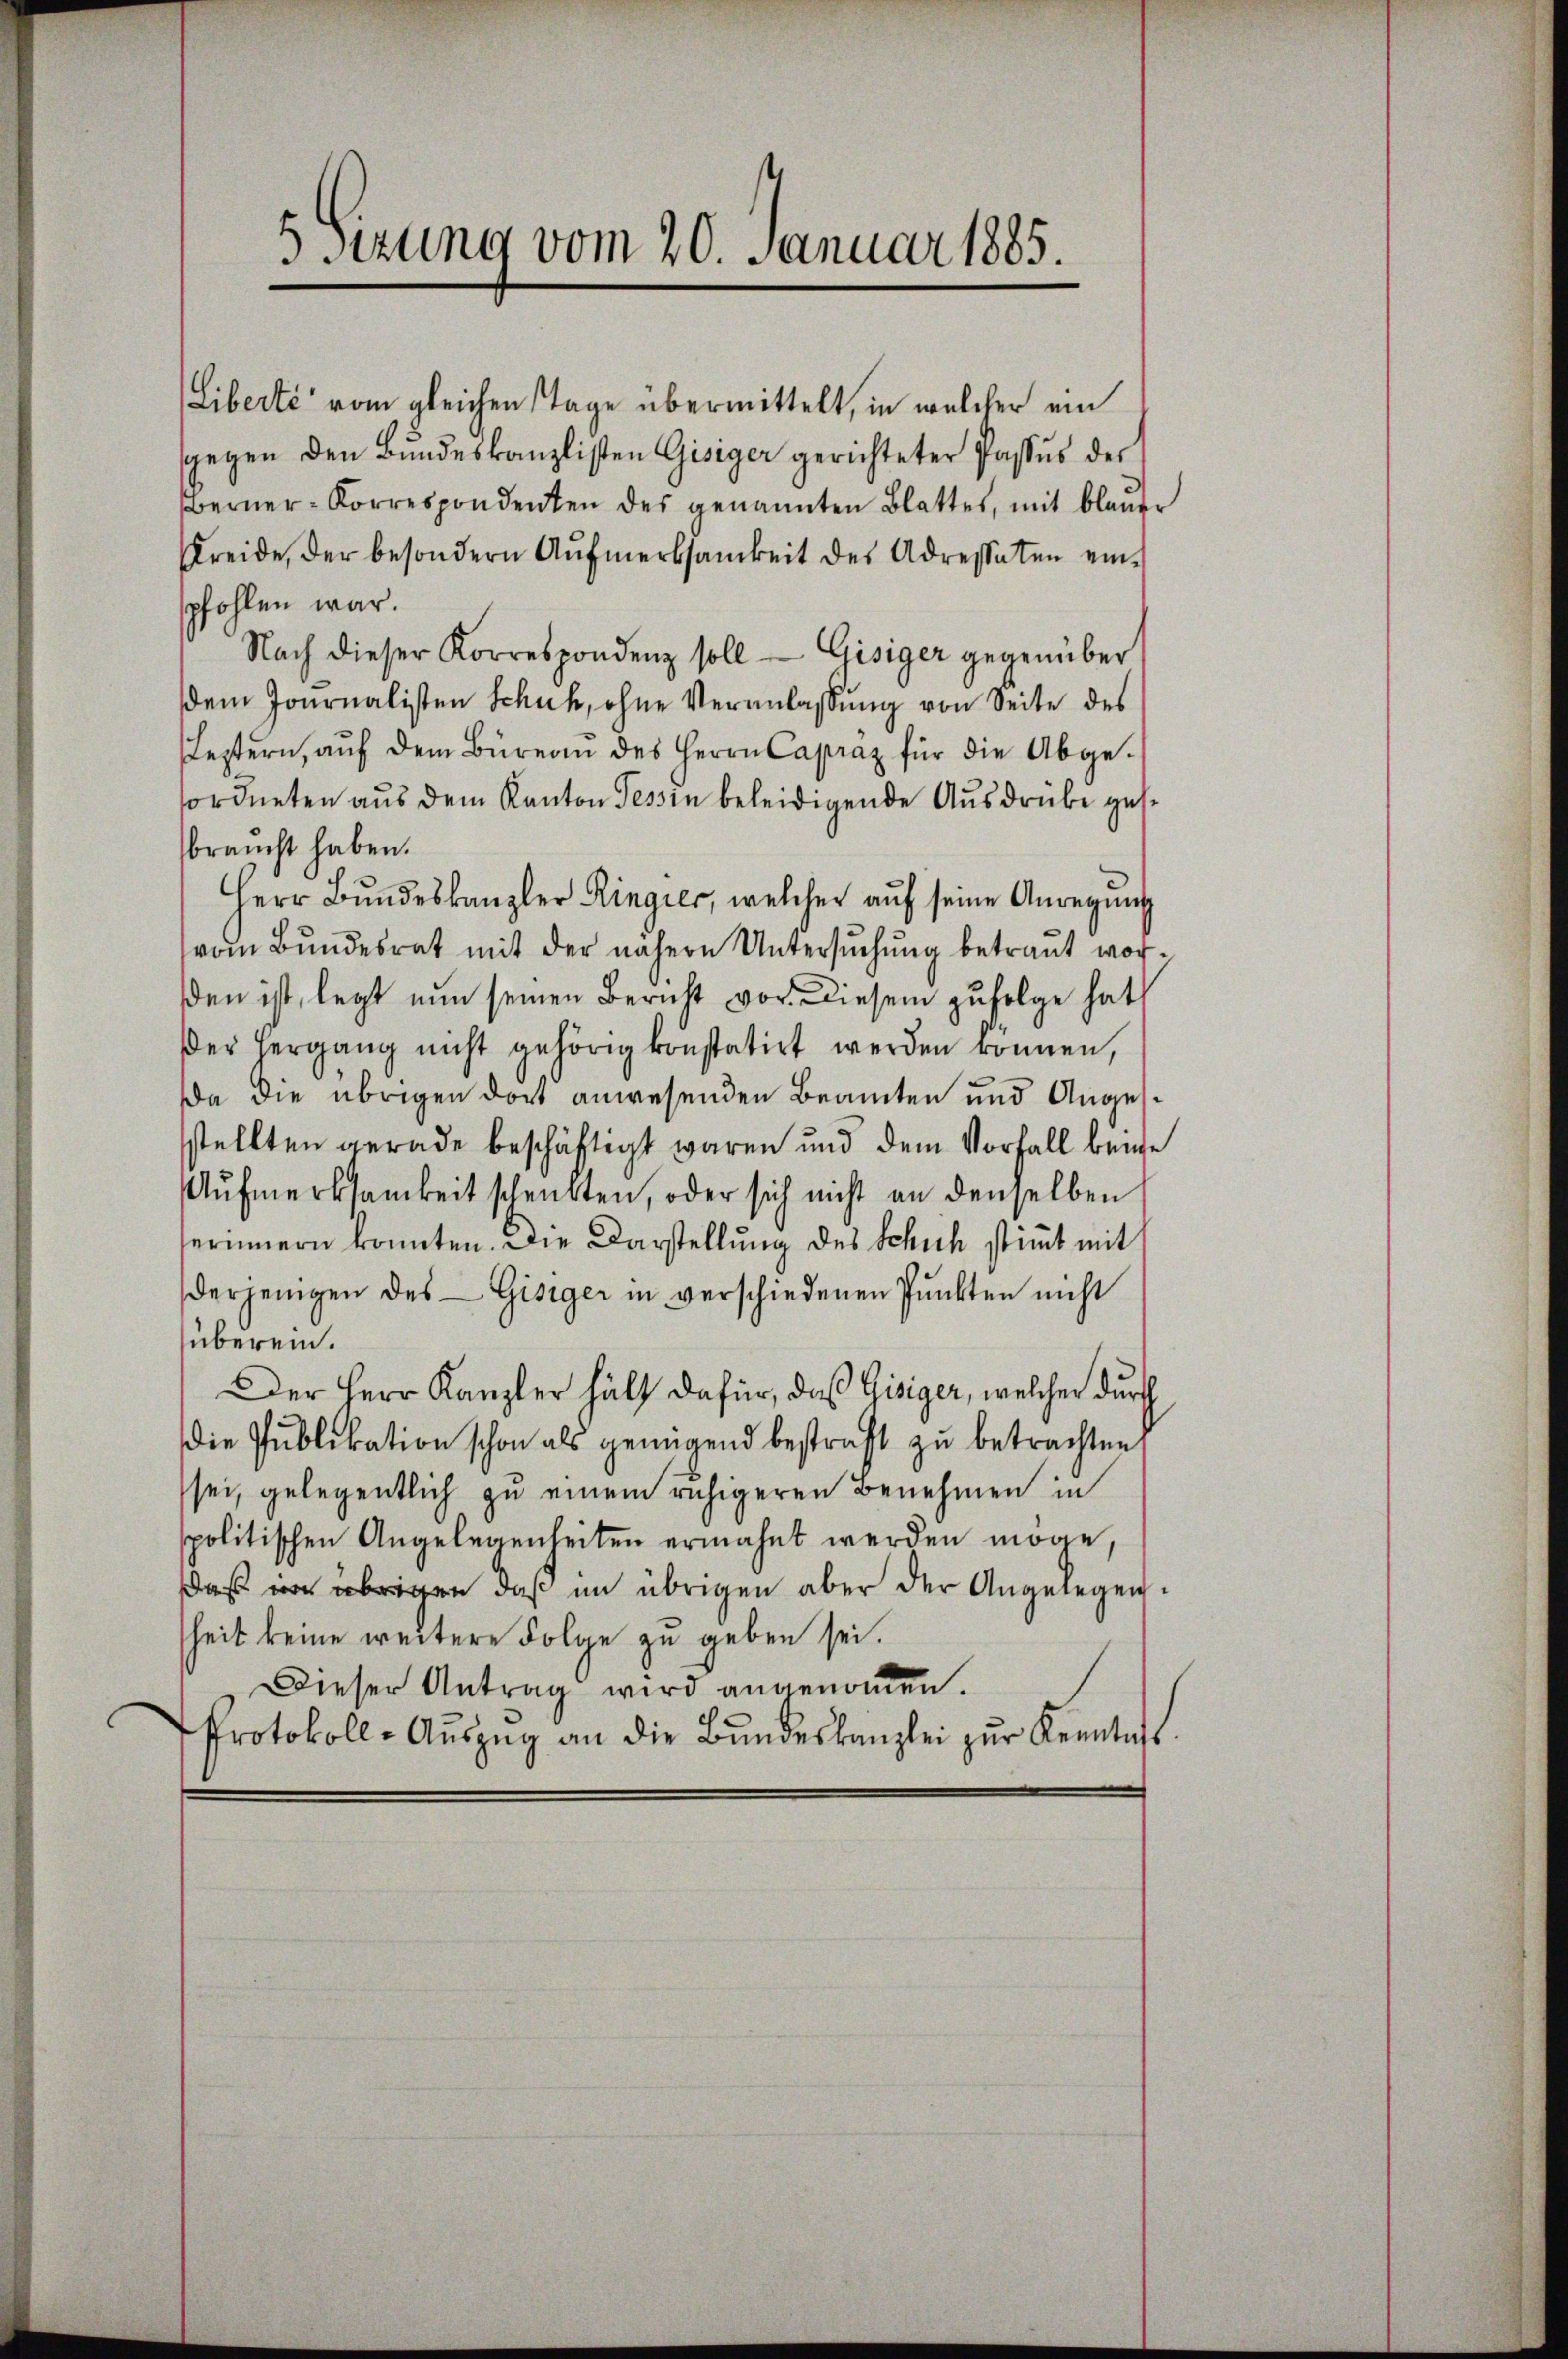
5 sizung vom 20. Januar 1885.

Liberté vom gleichen Tage übermittelt, in welcher ein
sgegen den Bŭndeskanzlisten Gisiger gerichteter Passus des
Berner-Korrespondenten des genannten Blattes, mit blauer
reide, der besondern Aŭfmerksamkeit des Adressaten ein-
spfohlen war.
Nach dieser Korrespondenz soll Gisiger gegenüber
dem Journalisten Schuh, ohne Veranlassŭng von Seite des
Leztern, aŭf dem Büreau des Herrn Capraz für die Abge-
sordneten aus dem Kanton Tessin beleidigende Ausdrücke gesbraucht haben.
Herr Bŭndeskanzler Ringier, welcher aŭf seine Anregŭng
vom Bŭndesrat mit der nähere Untersŭchŭng betraŭt vor-
den ist, legt nun seinen Bericht vor diesem zufolge hat
der Hergang nicht gehörig konstatirt werden können,
Da die übrigen dort anwesenden Beamten und Angessstellten gerade beschäftigt waren und dem Vorfall beige
Aŭfmerksamkeit schenkten, oder sich nicht an denselben
serinnern konnten. Die Darstellung des Schich stimmt mit
derjenigen des Gisiger in verschiedenen Pŭnkten nicht
überein.
Der Herr Kanzler hält dafür, daß Gisiger, welcher durch
die Publikation schon als genügend bestraft zu betrachten
sei, gelegentlich zu einem ruhigeren Benehmen in
spolitischen Angelegenheiten ermahnt werden möge,
daß im übrigen daß im übrigen aber der Angelegenheit keine weitere Folge zu geben sei.
Dieser Antrag wird angenoṁen.
Protokoll-Aŭszŭg an die Bŭndeskanzlei zur Kenntags